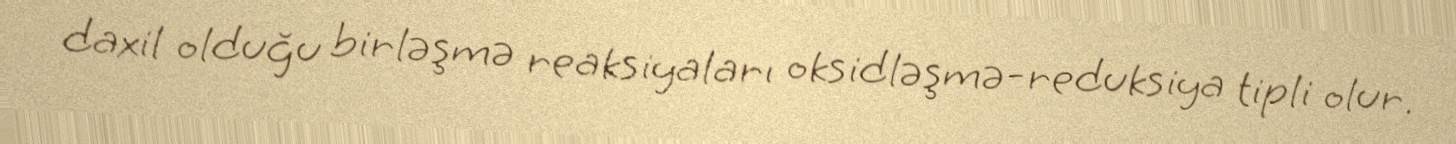
daxil olduğu birləşmə reaksiyaları oksidləşmə-reduksiya tipli olur.